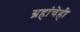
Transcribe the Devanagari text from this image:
ग्रहांचेही